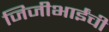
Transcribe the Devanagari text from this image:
जिजीभाईंची